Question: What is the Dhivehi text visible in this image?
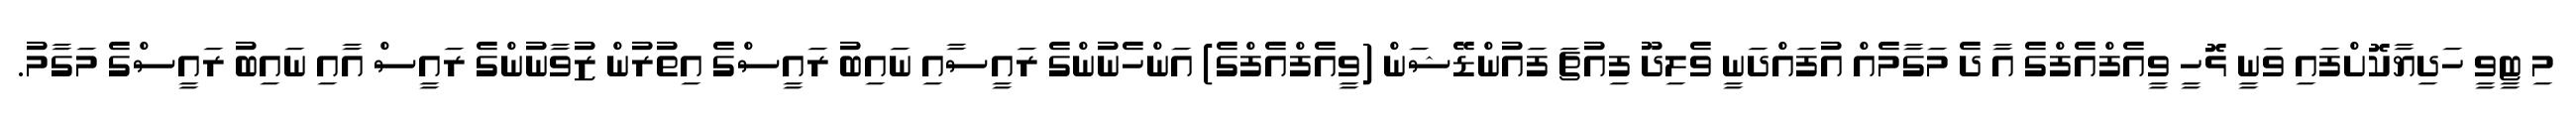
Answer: މި ޓީވީ ހަދިޔާކޮށްފައި ވަނީ ޅޮހީ ވީއެފްއެފްގެ އާ ދެ މަގާމެއް އުފައްދަނީ ވެލިދޫ ފިއުޗަ ފައުންޑޭޝަން (ވީއެފްއެފްގެ) އަންހެނުންގެ ރައީސާއި ނައިބު ރައީސްގެ އިތުރުން ޒުވާނުންގެ ރައީސް އާއި ނައިބު ރައީސްގެ މަގާމު.